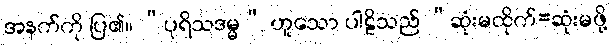
အနက်ကို ပြ၏။ “ပုရိသဒမ္မ” ဟူသော ပါဠိသည် “ဆုံးမထိုက်=ဆုံးမဖို့